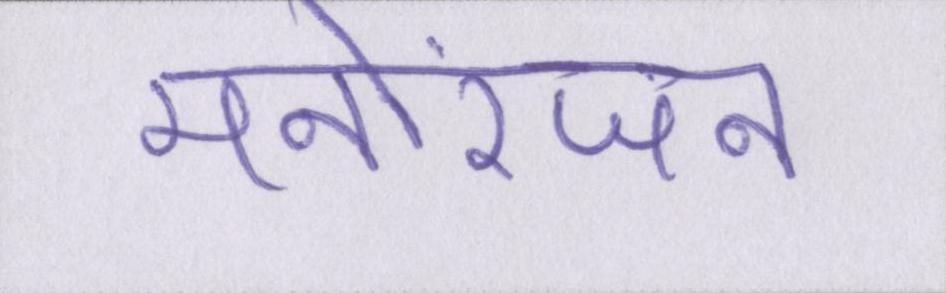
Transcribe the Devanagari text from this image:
मनोरंजन